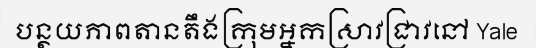
បន្ថយភាពតានតឹងក្រុមអ្នកស្រាវជ្រាវនៅ Yale